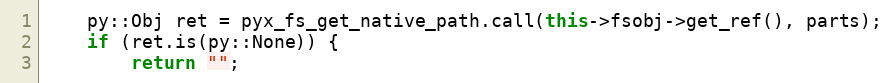
Language: C++
	py::Obj ret = pyx_fs_get_native_path.call(this->fsobj->get_ref(), parts);
	if (ret.is(py::None)) {
		return "";